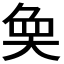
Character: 𭑏